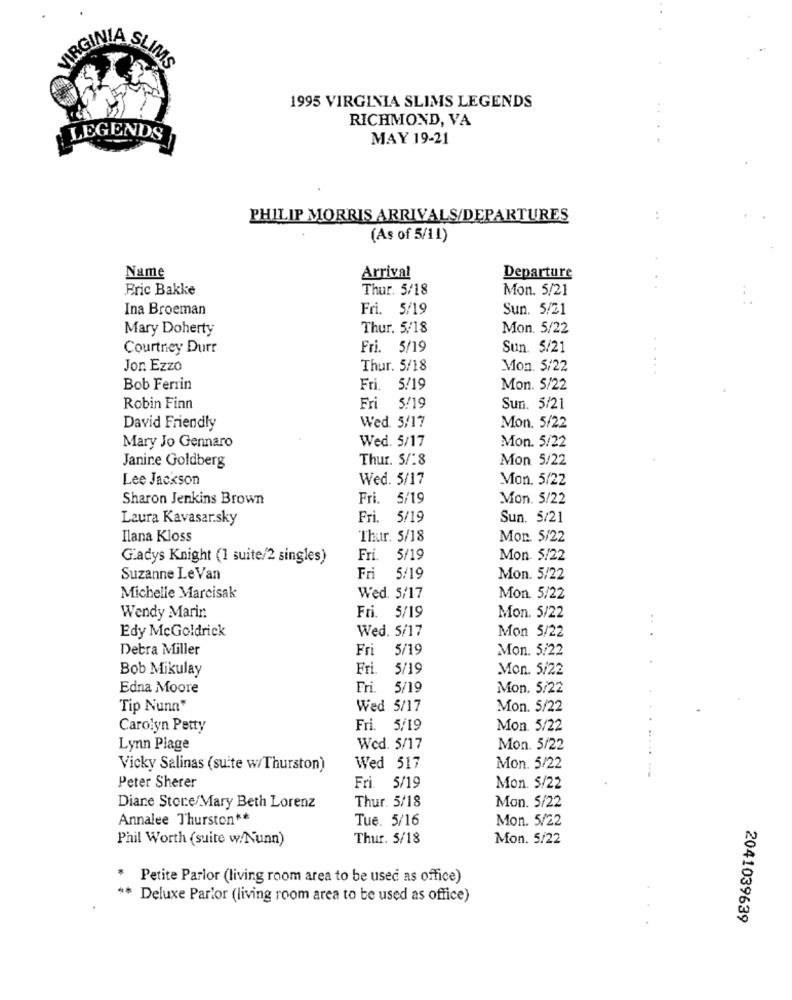
VIRGINIA SLIMS
1995 VIRGINIA SLIMS LEGENDS
RICHMOND, VA
LEGENDS
MAY 19-21
PHILIP MORRIS ARRIVALS/DEPARTURES
(As of 5/11)
Name
Arrival
Departure
Bric Bakke
Thur. 5/18
Mon. 5/21
Ina Broeman
Fri. 5/19
Sun. 5/21
Mary Doherty
Thur. 5/18
Mon. 5/22
Courtney Durr
Fri. 5/19
Sun. 5/21
Jor. Ezzo
Thur. 5/18
Mon. 5/22
Bob Ferrin
Fri.
5/19
Mon. 5/22
Robin Finn
Fri
5/19
Sun. 5/21
David Friendly
Wed. 5/17
Mon. 5/22
Wed. 5/17
Mary Jo Gennaro
Mon. 5/22
Janine Goldberg
Thur. 5/18
Mon 5/22
Lee Jackson
Wed. 5/17
Mon. 5/22
Sharon Jenkins Brown
Fri. 5/19
Mon. 5/22
Laura Kavasarsky
Fri. 5/19
Sun. 5/21
Ilana Kloss
Thur. 5/18
Mon. 5/22
Gladys Knight (1 suite/2 singles)
Fri. 5/19
Mon. 5/22
Suzanne LeVan
Fri 5/19
Mon. 5/22
Wed. 5/17
Michelle Marcisak
Mon. 5/22
Wendy Marin
Fri. 5/19
Mon. 5/22
. .
Edy McGoldrick
Wed. 5/17
Mon 5/22
Detra Miller
Fri 5/19
Mon. 5/22
Bob Mikulay
Fri. 5/19
Mon. 5/22
Edna Moore
Fri. 5/19
Mon. 5/22
Tip Nunn*
Wed 5/17
Mon. 5/22
Carolyn Petty
Fri. 5/19
Mon. 5/22
Lynn Plage
Wed. 5/17
Mon. 5/22
Vicky Salinas (suite w/Thurston)
Wed 517
Mon. 5/22
Peter Sherer
Fri. 5/19
Mon. 5/22
Thur. 5/18
Diane Store/Mary Beth Lorenz
Mon. 5/22
Annalee Thurston **
Tue. 5/16
Mon. 5/22
Phil Worth (suite w/Nunn)
Thur. 5/18
Mon. 5/22
* Petite Parlor (living room area to be used as office)
** Deluxe Parlor (living room area to be used as office)
2041039639